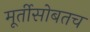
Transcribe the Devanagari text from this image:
मूर्तीसोबतच